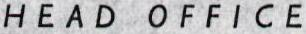
HEAD OFFICE